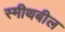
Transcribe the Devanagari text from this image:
स्मीथबील